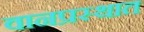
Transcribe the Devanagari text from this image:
वानप्रस्थात